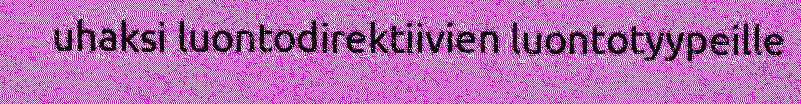
uhaksi luontodirektiivien luontotyypeille